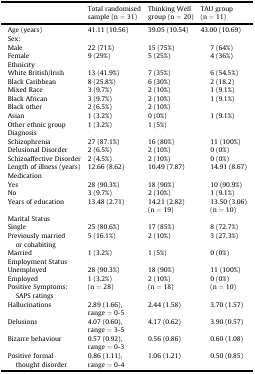
<table><thead><tr><td></td><td><b>Total randomised sample (n = 31)</b></td><td><b>Thinking Well group (n = 20)</b></td><td colspan="2"><b>TAU group (n = 11)</b></td></tr></thead><tbody><tr><td>Age (years)</td><td>41.11 (10.56)</td><td>39.05 (10.54)</td><td colspan="2">43.00 (10.69)</td></tr><tr><td colspan="5">Sex:</td></tr><tr><td>Male</td><td>22 (71%)</td><td colspan="2">15 (75%)</td><td>7 (64%)</td></tr><tr><td>Female</td><td>9 (29%)</td><td colspan="2">5 (25%)</td><td>4 (36%)</td></tr><tr><td colspan="5">Ethnicity</td></tr><tr><td>White British/Irish</td><td>13 (41.9%)</td><td colspan="2">7 (35%)</td><td>6 (54.5%)</td></tr><tr><td>Black Caribbean</td><td>8 (25.8%)</td><td colspan="2">6 (30%)</td><td>2 (18.2)</td></tr><tr><td>Mixed Race</td><td>3 (9.7%)</td><td colspan="2">2 (10%)</td><td>1 (9.1%)</td></tr><tr><td>Black African</td><td>3 (9.7%)</td><td colspan="2">2 (10%)</td><td>1 (9.1%)</td></tr><tr><td>Black other</td><td>2 (6.5%)</td><td colspan="2">2 (10%)</td><td></td></tr><tr><td>Asian</td><td>1 (3.2%)</td><td colspan="2">0 (0%)</td><td>1 (9.1%)</td></tr><tr><td>Other ethnic group</td><td>1 (3.2%)</td><td colspan="2">1 (5%)</td><td></td></tr><tr><td colspan="5">Diagnosis</td></tr><tr><td>Schizophrenia</td><td>27 (87.1%)</td><td colspan="2">16 (80%)</td><td>11 (100%)</td></tr><tr><td>Delusional Disorder</td><td>2 (6.5%)</td><td colspan="2">2 (10%)</td><td>0 (0%)</td></tr><tr><td>Schizoaffective Disorder</td><td>2 (4.5%)</td><td colspan="2">2 (10%)</td><td>0 (0%)</td></tr><tr><td>Length of illness (years)</td><td>12.66 (8.62)</td><td colspan="2">10.49 (7.87)</td><td>14.91 (8.67)</td></tr><tr><td colspan="5">Medication</td></tr><tr><td>Yes</td><td>28 (90.3%)</td><td colspan="2">18 (90%)</td><td>10 (90.9%)</td></tr><tr><td>No</td><td>3 (9.7%)</td><td colspan="2">2 (10%)</td><td>1 (9.1%)</td></tr><tr><td>Years of education</td><td>13.48 (2.71)</td><td colspan="2">14.21 (2.82) (n = 19)</td><td>13.50 (3.06) (n = 10)</td></tr><tr><td colspan="5">Marital Status</td></tr><tr><td>Single</td><td>25 (80.6%)</td><td colspan="2">17 (85%)</td><td>8 (72.7%)</td></tr><tr><td>Previously married or cohabiting</td><td>5 (16.1%)</td><td colspan="2">2 (10%)</td><td>3 (27.3%)</td></tr><tr><td>Married</td><td>1 (3.2%)</td><td colspan="2">1 (5%)</td><td>0 (0%)</td></tr><tr><td colspan="5">Employment Status</td></tr><tr><td>Unemployed</td><td>28 (90.3%)</td><td colspan="2">18 (90%)</td><td>11 (100%)</td></tr><tr><td>Employed</td><td>1 (3.2%)</td><td colspan="2">2 (10%)</td><td>0 (0%)</td></tr><tr><td>Positive Symptoms: SAPS ratings</td><td>(n = 28)</td><td colspan="2">(n = 18)</td><td>(n = 10)</td></tr><tr><td>Hallucinations</td><td>2.89 (1.66), range = 0-5</td><td colspan="2">2.44 (1.58)</td><td>3.70 (1.57)</td></tr><tr><td>Delusions</td><td>4.07 (0.60), range = 3-5</td><td colspan="2">4.17 (0.62)</td><td>3.90 (0.57)</td></tr><tr><td>Bizarre behaviour</td><td>0.57 (0.92), range = 0-3</td><td colspan="2">0.56 (0.86)</td><td>0.60 (1.08)</td></tr><tr><td>Positive formal thought disorder</td><td>0.86 (1.11), range = 0-4</td><td colspan="2">1.06 (1.21)</td><td>0.50 (0.85)</td></tr></tbody></table>